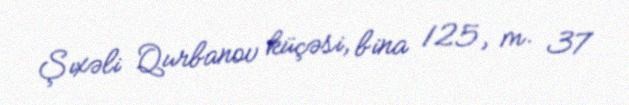
Şıxəli Qurbanov küçəsi, bina 125, m. 37